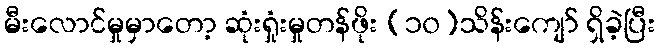
မီးလောင်မှုမှာတော့ ဆုံးရှုံးမှုတန်ဖိုး (၁၀)သိန်းကျော် ရှိခဲ့ပြီး